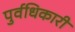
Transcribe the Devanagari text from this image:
पुर्वधिकारी